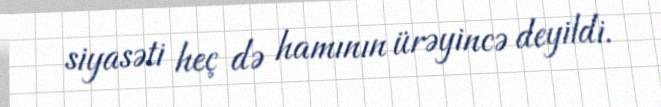
siyasəti heç də hamının ürəyincə deyildi.